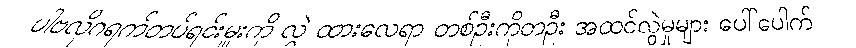
ပါဗလိုဂရက်တပ်ရင်းမှူးကို လွှဲ ထားလေရာ တစ်ဦးကိုတဦး အထင်လွဲမှုများ ပေါ်ပေါက်